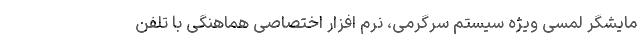
مایشگر لمسی ویژه سیستم سرگرمی، نرم افزار اختصاصی هماهنگی با تلفن